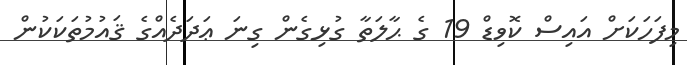
މިފަހަކަށް އައިސް ކޮވިޑް 19 ގެ ޙާލަތާ ގުޅިގެން ގިނަ ޢަދަދެއްގެ ޤައުމުތަކަކުން